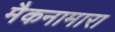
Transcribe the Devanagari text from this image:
मैकनामारा